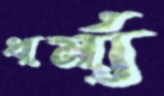
ধর্ম্য